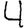
Digit: 4